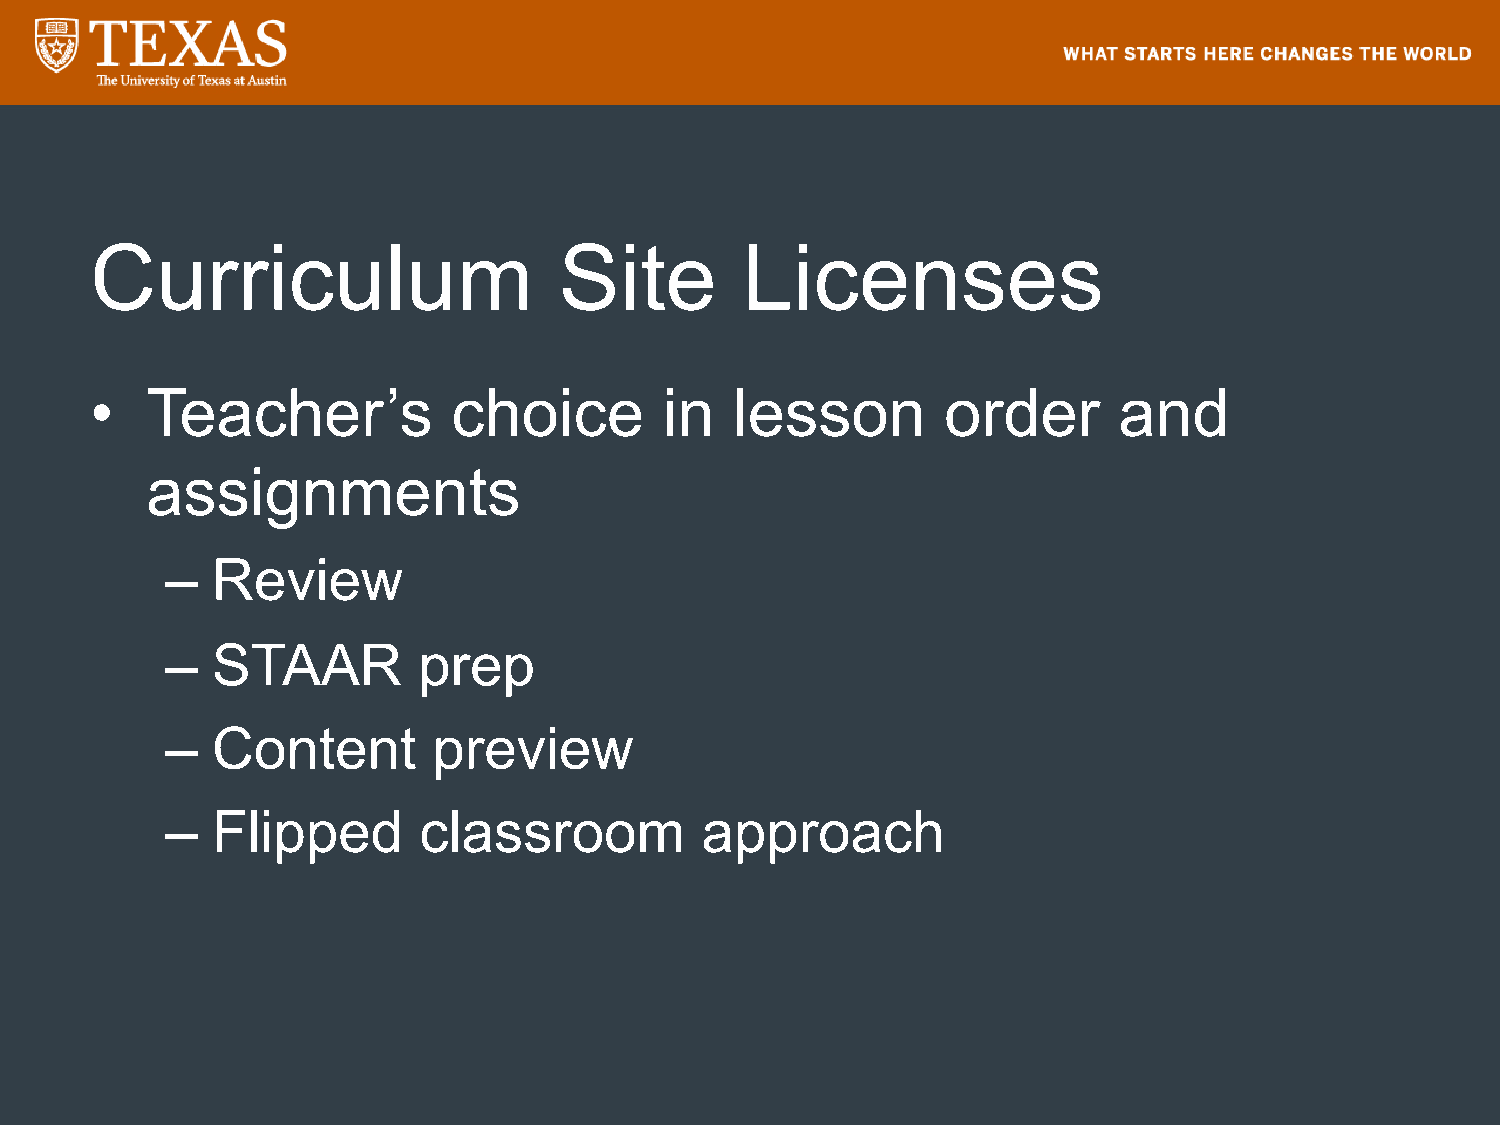
Curriculum                     Site        Licenses
 •   Teacher’s           choice        in   lesson        order      and
 assignments
 –  Review
 –  STAAR         prep
 –  Content        preview
 –  Flipped       classroom         approach